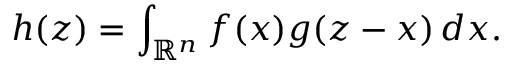
h ( z ) = \int _ { \mathbb { R } ^ { n } } f ( x ) g ( z - x ) \, d x .